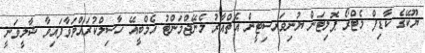
ޔޫކޭގެ ކާޑިފް މެޓްރޯ ޕޮލިޓަން ޔުނިވަރސިޓީން އެޗްއާރު މެނޭޖްމަންޓު އެމްބީއޭ ހާސިލްކުރައްވަވާފައިވާ ޝާލީވަނީ